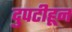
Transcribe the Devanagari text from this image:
दुपटीहून